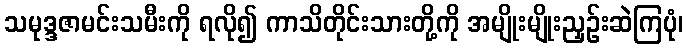
သမုဒ္ဒဇာမင်းသမီးကို ရလို၍ ကာသိတိုင်းသားတို့ကို အမျိုးမျိုးညှဉ်းဆဲကြပုံ၊